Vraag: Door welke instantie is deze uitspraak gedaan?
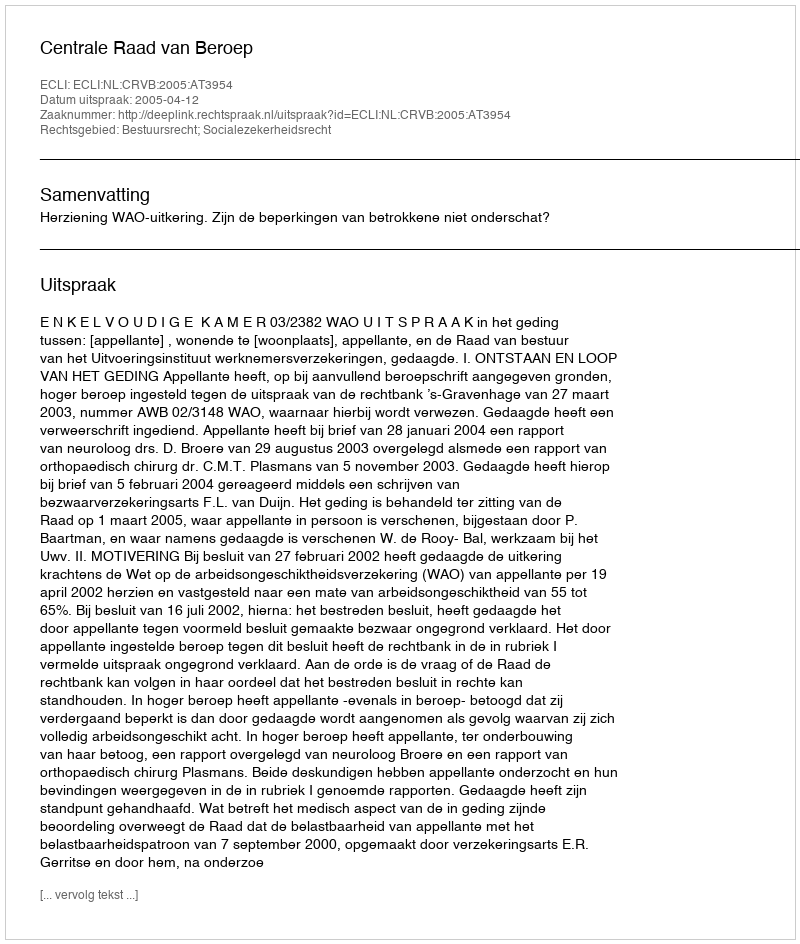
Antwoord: Centrale Raad van Beroep